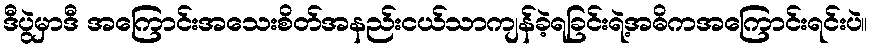
ဒီပွဲမှာဒီ အကြောင်းအသေးစိတ်အနည်းငယ်သာကျန်ခဲ့ရခြင်းရဲ့အဓိကအကြောင်းရင်းပဲ။